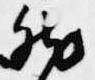
然